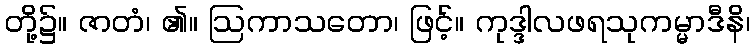
တို့၌။ ဇာတံ၊ ၏။ ဩကာသတော၊ ဖြင့်။ ကုဒ္ဒါလဖရသုကမ္မာဒီနိ၊